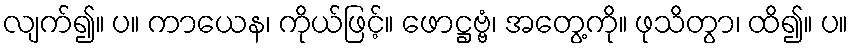
လျက်၍။ ပ။ ကာယေန၊ ကိုယ်ဖြင့်။ ဖောဋ္ဌဗ္ဗံ၊ အတွေ့ကို။ ဖုသိတွာ၊ ထိ၍။ ပ။